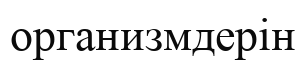
организмдерін